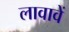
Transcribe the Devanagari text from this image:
लावावें